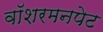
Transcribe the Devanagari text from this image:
वॉशरमनपेट